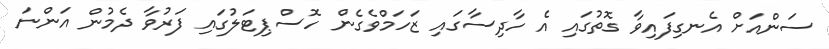
ސަންއަށް އެނގިފައިވާ ގޮތުގައި އެ ހާދިސާގައި ޒަހަމްވެގެން ހޮސްޕިޓަލުގައި ފަރުވާ ދެމުން އަންނަ